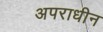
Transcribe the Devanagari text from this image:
अपराधीन